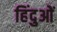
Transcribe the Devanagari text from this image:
हिंदुओें